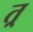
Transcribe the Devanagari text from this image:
त्र्